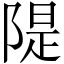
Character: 隄